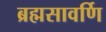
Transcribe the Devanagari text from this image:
ब्रह्मसावर्णि